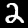
Digit: 2